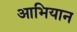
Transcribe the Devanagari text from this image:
आभियान